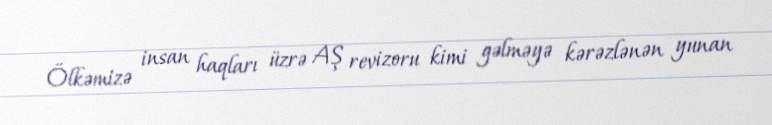
Ölkəmizə insan haqları üzrə AŞ revizoru kimi gəlməyə kərəzlənən yunan